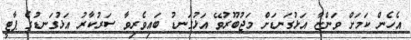
އެހެން ކަމަށް ވަންޏާ އަޅުގަނޑަށް މަޖުބޫރުވޭ އަޅުގަނޑު ބައިވެރިވާ ސަރުކާރު އަޅުގަނޑުގެ ޕާޓީ